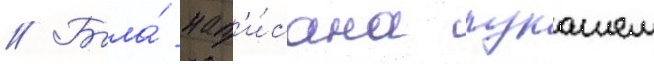
// Была́ нап'и́сана лукашем